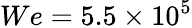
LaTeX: We=5.5\times 10^{5}